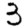
Digit: 3